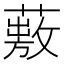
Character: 𦽠